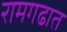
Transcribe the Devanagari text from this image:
रामगढात